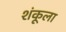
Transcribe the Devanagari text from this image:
शंकूला